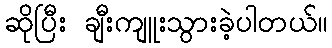
ဆိုပြီး ချီးကျူးသွားခဲ့ပါတယ်။